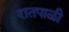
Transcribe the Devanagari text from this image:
रातपाळी